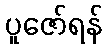
ပူဇော်ရန်